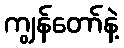
ကျွန်တော်နဲ့